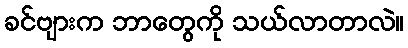
ခင်ဗျားက ဘာတွေကို သယ်လာတာလဲ။